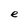
Character: e